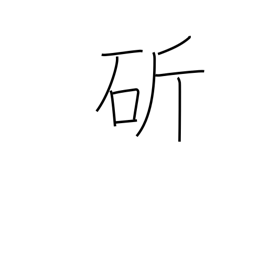
Meaning: cut with a sword